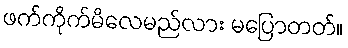
ဖက်ကိုက်မိလေမည်လား မပြောတတ်။